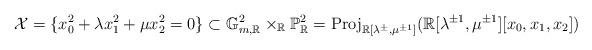
LaTeX: \begin{align*}\mathcal{X}=\{x_{0}^{2}+\lambda x_{1}^{2}+\mu x_{2}^{2}=0\}\subset\mathbb{G}_{m,\mathbb{R}}^{2}\times_{\mathbb{R}}\mathbb{P}_{\mathbb{R}}^{2}=\mathrm{Proj}_{\mathbb{R}[\lambda^{\pm},\mu^{\pm1}]}(\mathbb{R}[\lambda^{\pm1},\mu^{\pm1}][x_{0},x_{1},x_{2}])\end{align*}